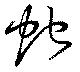
虵